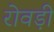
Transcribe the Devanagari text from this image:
रोवड़ी